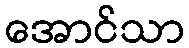
အောင်သာ